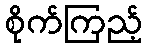
စိုက်ကြည့်